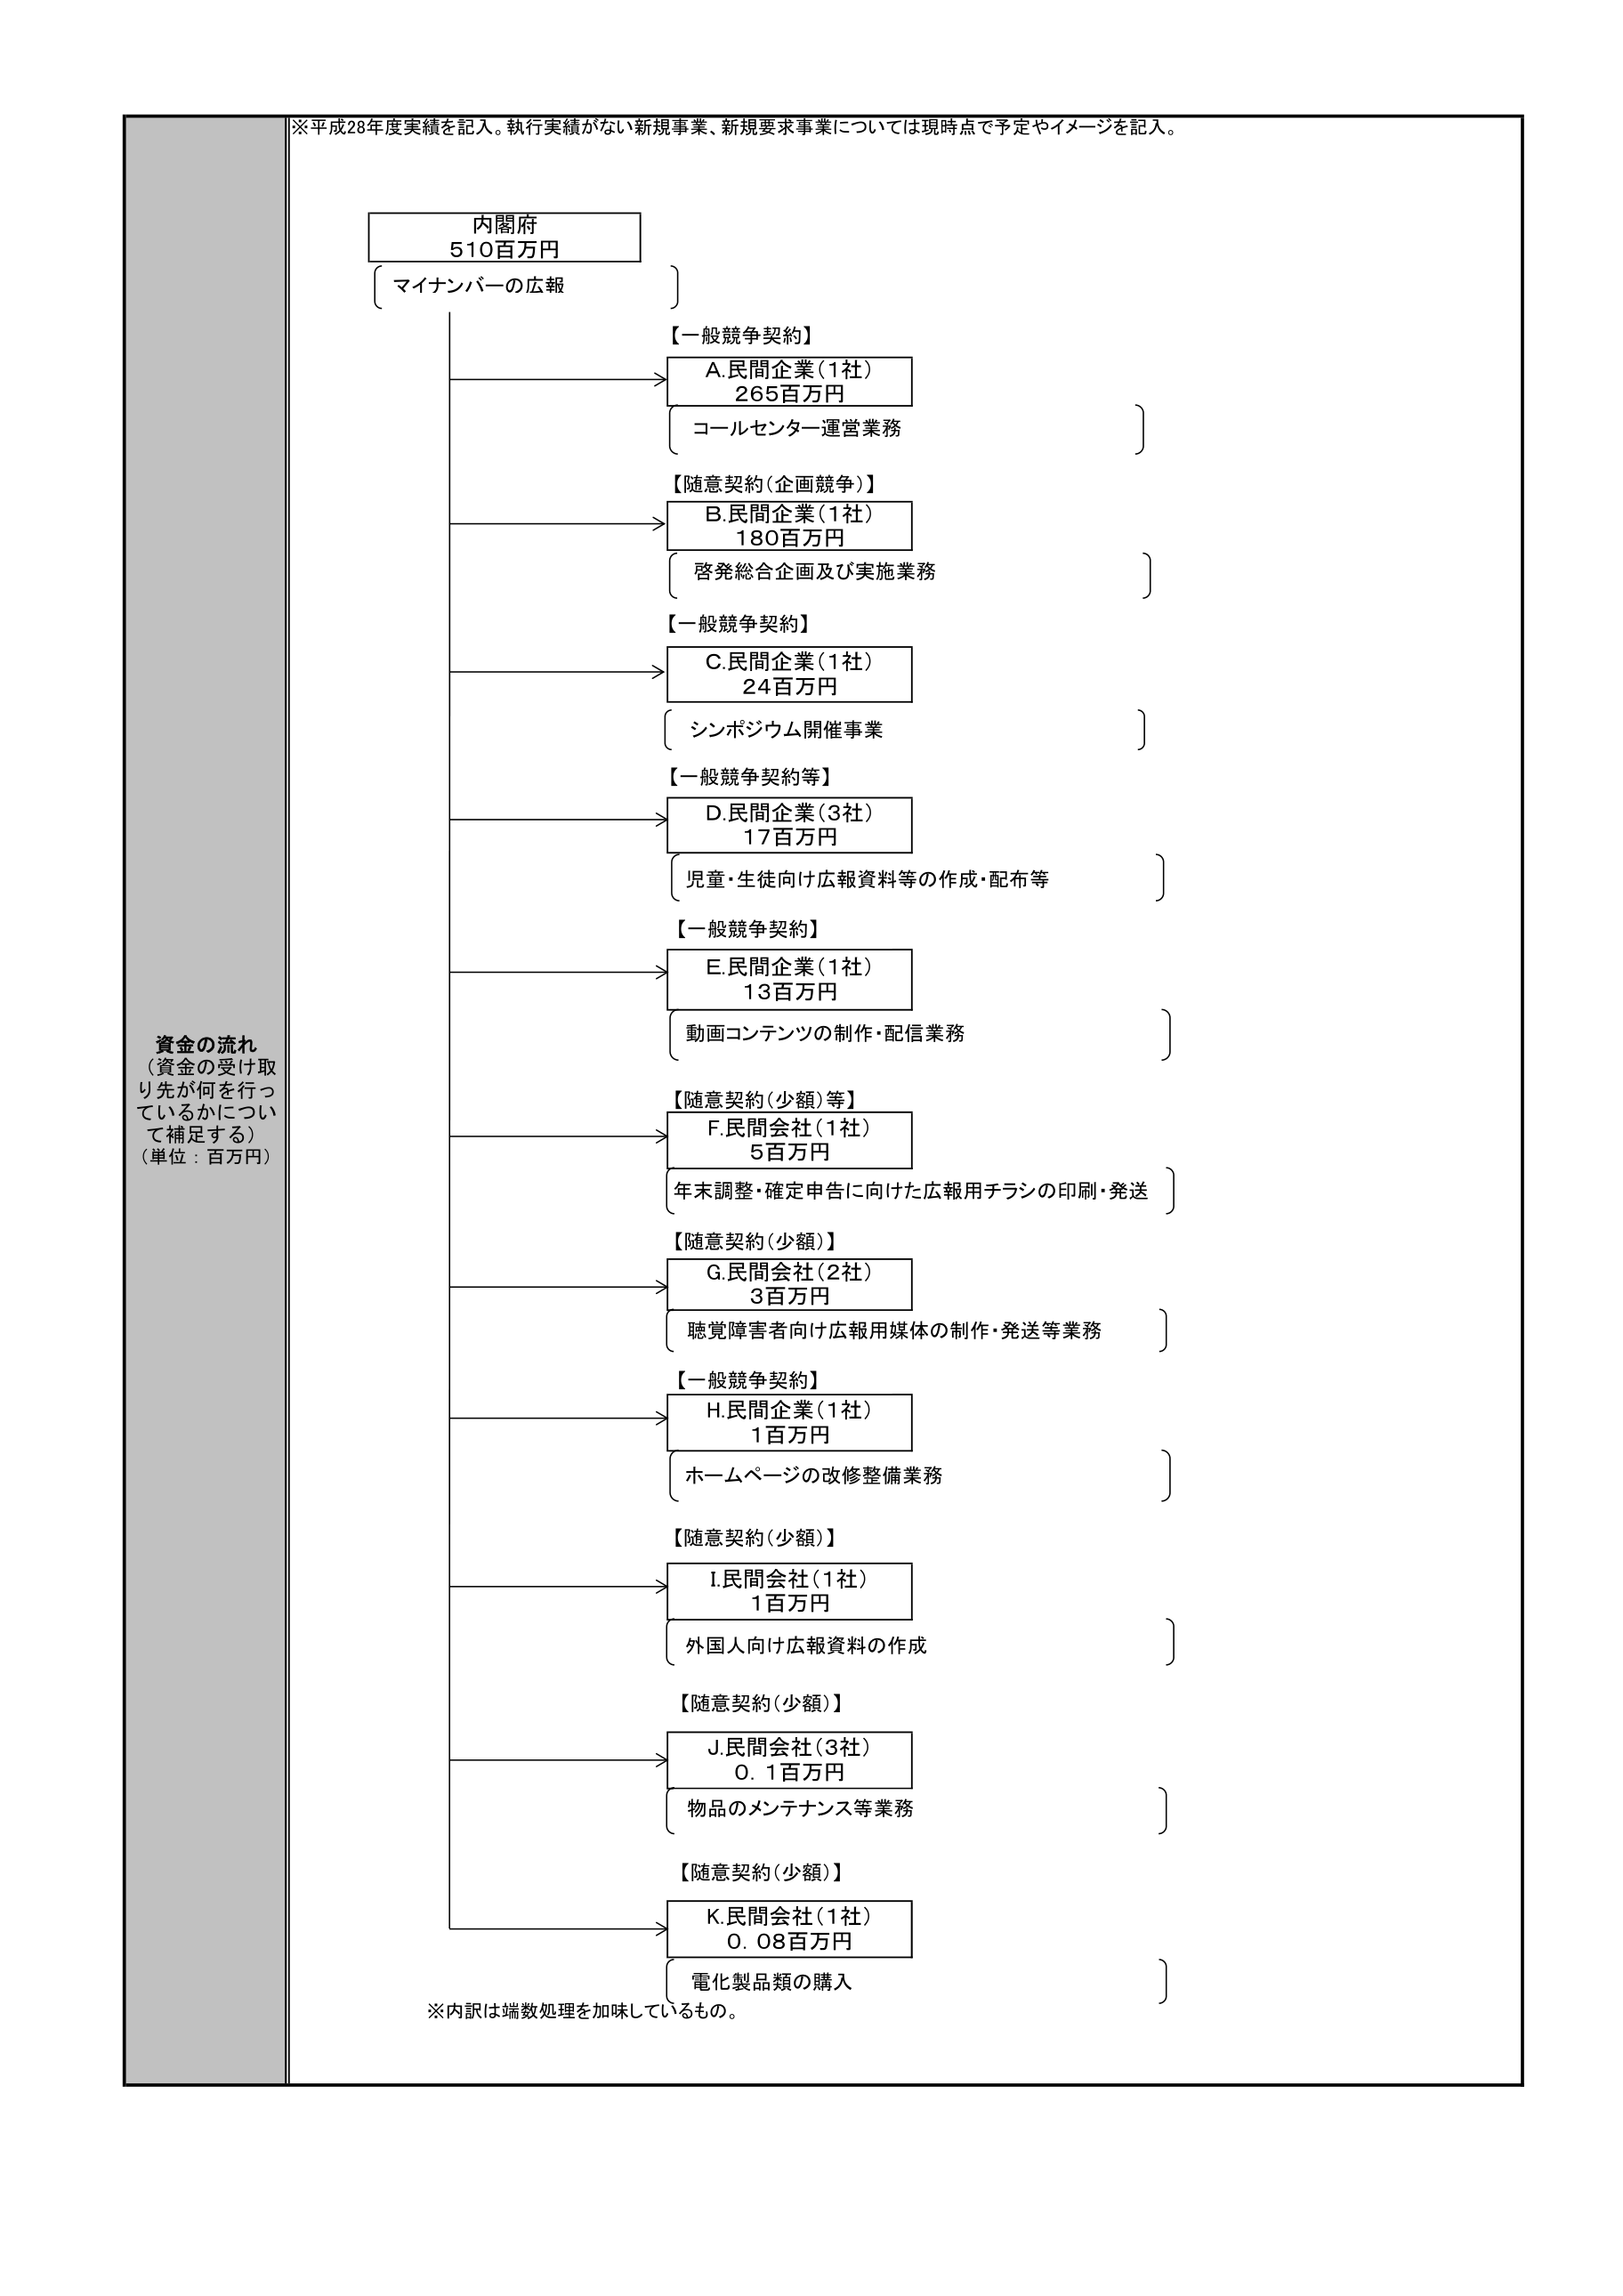
※平成28年度実績を記入。執行実績がない新規事業、新規要求事業については現時点で予定やイメージを記入。

資金の流れ
（資金の受け取り先が何を行っているかについて補足する）
（単位：百万円）

内閣府
510百万円
　マイナンバーの広報

【一般競争契約】
　A.民間企業（1社）
　　265百万円
　　コールセンター運営業務

【随意契約（企画競争）】
　B.民間企業（1社）
　　180百万円
　　啓発総合企画及び実施業務

【一般競争契約】
　C.民間企業（1社）
　　24百万円
　　シンポジウム開催事業

【一般競争契約等】
　D.民間企業（3社）
　　17百万円
　　児童・生徒向け広報資料等の作成・配布等

【一般競争契約】
　E.民間企業（1社）
　　13百万円
　　動画コンテンツの制作・配信業務

【随意契約（少額）等】
　F.民間会社（1社）
　　5百万円
　　年末調整・確定申告に向けた広報用チラシの印刷・発送

【随意契約（少額）】
　G.民間会社（2社）
　　3百万円
　　聴覚障害者向け広報用媒体の制作・発送等業務

【一般競争契約】
　H.民間企業（1社）
　　1百万円
　　ホームページの改修整備業務

【随意契約（少額）】
　I.民間会社（1社）
　　1百万円
　　外国人向け広報資料の作成

【随意契約（少額）】
　J.民間会社（3社）
　　0.1百万円
　　物品のメンテナンス等業務

【随意契約（少額）】
　K.民間会社（1社）
　　0.08百万円
　　電化製品類の購入

※内訳は端数処理を加味しているもの。